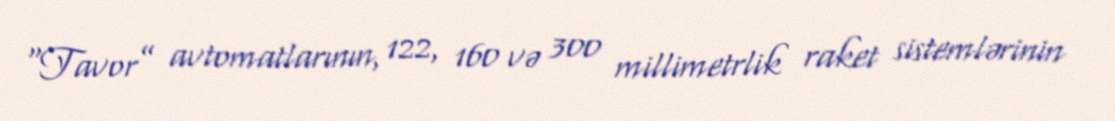
“Tavor” avtomatlarının, 122, 160 və 300 millimetrlik raket sistemlərinin